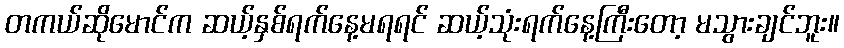
တကယ်ဆိုမောင်က ဆယ့်နှစ်ရက်နေ့မရရင် ဆယ့်သုံးရက်နေ့ကြီးတော့ မသွားချင်ဘူး။